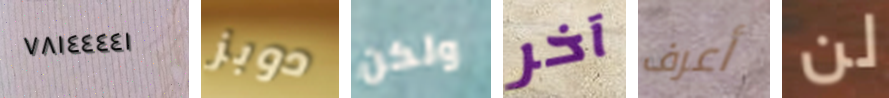
٧٨١٤٤٤٤١ دوبز ولكن آخر أعرف لن